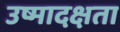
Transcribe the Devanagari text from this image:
उष्मादक्षता